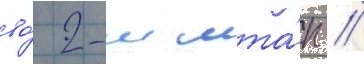
во́ 2-м мта́п //